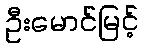
ဦးမောင်မြင့်